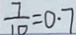
\frac { 7 } { 1 0 } = 0 . 7